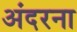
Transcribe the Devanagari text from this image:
अंदरना